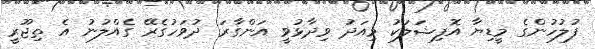
ފުލުހުންގެ މީޑިޔާ އޮފިޝަލަކު މިއަދު ވިދާޅުވީ އަންގާރަ ދުވަހުގެރޭ ގެއްލުނު އެ ތިޖޫރީ